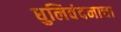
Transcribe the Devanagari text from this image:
धुलिवंदनाचा